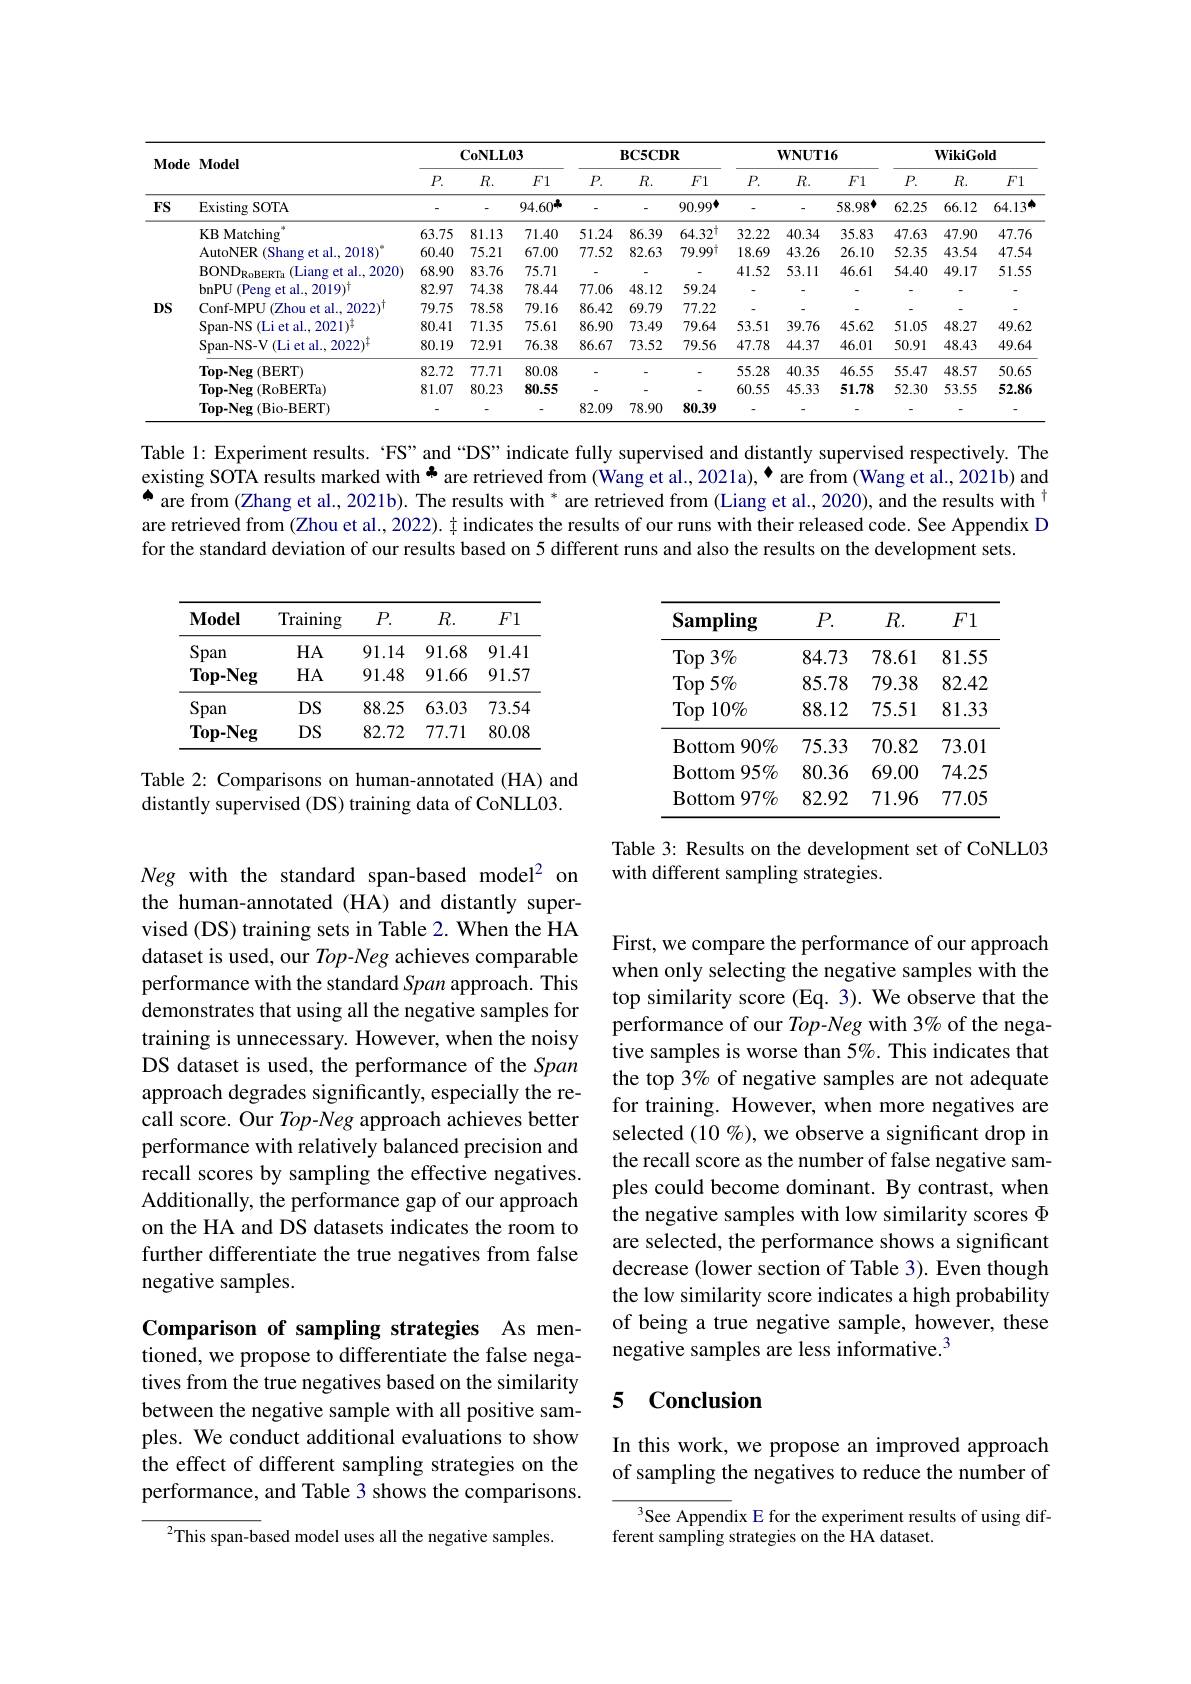
<table>
	<tbody>
		<tr>
			<th rowspan="2">Mode</th>
			<th rowspan="2">$\mathbf{Model}$</th>
			<th colspan="3">$\mathbf{CoNLL03}$</th>
			<th colspan="3">$\mathbf{BC5CDR}$</th>
			<th> </th>
			<th colspan="2">$WNUT16$</th>
			<th colspan="3">$\mathbf{WikiGold}$</th>
		</tr>
		<tr>
			<th>$P.$</th>
			<th>$R.$</th>
			<th>$F1$</th>
			<th>$P.$</th>
			<th>$R.$</th>
			<th>$F1$</th>
			<th>$P.$</th>
			<th>$R.$</th>
			<th>$F1$</th>
			<th>$P.$</th>
			<th>$R.$</th>
			<th>$F1$</th>
		</tr>
		<tr>
			<td rowspan="5">$FS$</td>
			<td>Existing SOTA</td>
			<td>-</td>
			<td>-</td>
			<td>$94.60^{*}$</td>
			<td>-</td>
			<td>-</td>
			<td>$90.99^{\bullet}$</td>
			<td> </td>
			<td>-</td>
			<td>$58.98^{\bullet}$</td>
			<td>62.25</td>
			<td>66.12</td>
			<td>$64.13^4$</td>
		</tr>
		<tr>
			<td>KB Matching</td>
			<td>63.75</td>
			<td>81.13</td>
			<td>71.40</td>
			<td>51.24</td>
			<td>86.39</td>
			<td>$64.32^{\dagger}$</td>
			<td>32.22</td>
			<td>40.34</td>
			<td>35.83</td>
			<td>47.63</td>
			<td>47.90</td>
			<td>47.76</td>
		</tr>
		<tr>
			<td>AutoNER ${\mathrm{R}}($Shang et al., 2018)</td>
			<td>60.40</td>
			<td>75.21</td>
			<td>67.00</td>
			<td>77.52</td>
			<td>82.63</td>
			<td>79.99Ť</td>
			<td>18.69</td>
			<td>43.26</td>
			<td>26.10</td>
			<td>52.35</td>
			<td>43.54</td>
			<td>47.54</td>
		</tr>
		<tr>
			<td>$\mathrm{BOND}_{\mathrm{RoBERTa}}$ (Liang et al., 2020)</td>
			<td>68.90</td>
			<td>83.76</td>
			<td>75.71</td>
			<td> </td>
			<td> </td>
			<td>-</td>
			<td>41.52</td>
			<td>53.11</td>
			<td>46.61</td>
			<td>54.40</td>
			<td>49.17</td>
			<td>51.55</td>
		</tr>
		<tr>
			<td>bnPU (Peng et al., 2019)$^{\dagger}$</td>
			<td>82.97</td>
			<td>74.38</td>
			<td>78.44</td>
			<td>77.06</td>
			<td>48.12</td>
			<td>59.24</td>
			<td> </td>
			<td> </td>
			<td>-</td>
			<td>-</td>
			<td> </td>
			<td> </td>
		</tr>
		<tr>
			<td rowspan="6">$DS$</td>
			<td>Conf- MPU (Zhou et al., 2022</td>
			<td>79.75</td>
			<td>78.58</td>
			<td>79.16</td>
			<td>86.42</td>
			<td>69.79</td>
			<td>77.22</td>
			<td> </td>
			<td> </td>
			<td>-</td>
			<td>-</td>
			<td> </td>
			<td> </td>
		</tr>
		<tr>
			<td>Span- NS ( Li et al. , 2021$) ^{\# }$</td>
			<td>80.41</td>
			<td>71.35</td>
			<td>75.61</td>
			<td>86.90</td>
			<td>73.49</td>
			<td>79.64</td>
			<td>53.51</td>
			<td>39.76</td>
			<td>45.62</td>
			<td>51.05</td>
			<td>48.27</td>
			<td>49.62</td>
		</tr>
		<tr>
			<td>Span- NS- V( Li et al. , 2022$) ^{\mathrm{T} }$</td>
			<td>80.19</td>
			<td>72.91</td>
			<td>76.38</td>
			<td>86.67</td>
			<td>73.52</td>
			<td>79.56</td>
			<td>47.78</td>
			<td>44.37</td>
			<td>46.01</td>
			<td>50.91</td>
			<td>48.43</td>
			<td>49.64</td>
		</tr>
		<tr>
			<td>$\mathbf{Top-Neg~(BERT)}$</td>
			<td>82.72</td>
			<td>77.71</td>
			<td>80.08</td>
			<td>-</td>
			<td> </td>
			<td>-</td>
			<td>55.28</td>
			<td>40.35</td>
			<td>46.55</td>
			<td>55.47</td>
			<td>48.57</td>
			<td>50.65</td>
		</tr>
		<tr>
			<td>$\mathbf{Top- Neg}\left ( \mathrm{RoBERTa}\right )$</td>
			<td>81.07</td>
			<td>80.23</td>
			<td>80.55</td>
			<td> </td>
			<td> </td>
			<td>-</td>
			<td>60.55</td>
			<td>45.33</td>
			<td>51.78</td>
			<td>52.30</td>
			<td>53.55</td>
			<td>52.86</td>
		</tr>
		<tr>
			<td>$\mathbf{Top-Neg}\left(\mathbf{Bio-BERT}\right)$</td>
			<td>-</td>
			<td> </td>
			<td> </td>
			<td>82.09</td>
			<td>78.90</td>
			<td>80.39</td>
			<td> </td>
			<td>-</td>
			<td> </td>
			<td> </td>
			<td>-</td>
			<td> </td>
		</tr>
	</tbody>
</table>

Table 1: Experiment results. FS" and “DS” indicate fully supervised and distantly supervised respectively. The existing SOTA results marked with $^{\textcircled{\mathrm{m}}}$ are retrieved from (Wang et al., 2021a),·are from (Wang et al., 2021b) and $^{\bullet}$ are from (Zhang et al., 2021b). The results with * are retrieved from (Liang et al., 2020), and the results with $^{\dagger}$ are retrieved from (Zhou et al., 2022). # indicates the results of our runs with their released code. See Appendix D for the standard deviation of our results based on 5 different runs and also the results on the development sets

<table>
	<tbody>
		<tr>
			<th>Model</th>
			<th>Training</th>
			<th>$P.$</th>
			<th>$R.$</th>
			<th>$F1$</th>
		</tr>
		<tr>
			<td>Span</td>
			<td>$HA$</td>
			<td>91.14</td>
			<td>91.68</td>
			<td>91.41</td>
		</tr>
		<tr>
			<td>$\mathbf{Top-Neg}$</td>
			<td>$HA$</td>
			<td>91.48</td>
			<td>91.66</td>
			<td>91.57</td>
		</tr>
		<tr>
			<td>Span</td>
			<td>$DS$</td>
			<td>88.25</td>
			<td>63.03</td>
			<td>73.54</td>
		</tr>
		<tr>
			<td>$\mathbf{Top-Neg}$</td>
			<td>$DS$</td>
			<td>82.72</td>
			<td>77.71</td>
			<td>80.08</td>
		</tr>
	</tbody>
</table>

<table>
	<tbody>
		<tr>
			<th>$\mathbf{Sampling}$</th>
			<th>$P.$</th>
			<th>$R.$</th>
			<th>$F1$</th>
		</tr>
		<tr>
			<td>$\operatorname{Top}3\%$</td>
			<td>84.73</td>
			<td>78.61</td>
			<td>81.55</td>
		</tr>
		<tr>
			<td>$\operatorname{Top}5\%$</td>
			<td>85.78</td>
			<td>79.38</td>
			<td>82.42</td>
		</tr>
		<tr>
			<td>Top $10\%$</td>
			<td>88.12</td>
			<td>75.51</td>
			<td>81.33</td>
		</tr>
		<tr>
			<td>$90\%$ Bottom</td>
			<td>75.33</td>
			<td>70.82</td>
			<td>73.01</td>
		</tr>
		<tr>
			<td>$95\%$ Bottom</td>
			<td>80.36</td>
			<td>69.00</td>
			<td>74.25</td>
		</tr>
		<tr>
			<td>Bottom $97\%$</td>
			<td>82.92</td>
			<td>71.96</td>
			<td>77.05</td>
		</tr>
	</tbody>
</table>

Table 2: Comparisons on human-annotated (HA) and distantly supervised (DS) training data of CoNLL03.

Table 3: Results on the development set of CoNLL03
with different sampling strategies.

Neg with the standard span-based model$^{2}$ on the human-annotated (HA) and distantly supervised (DS) training sets in Table 2. When the HA dataset is used, our Top-Neg achieves comparable performance with the standard Span approach. This demonstrates that using all the negative samples for training is unnecessary. However, when the noisy DS dataset is used, the performance of the Span approach degrades significantly, especially the recall score. Our Top-Neg approach achieves better performance with relatively balanced precision and recall scores by sampling the effective negatives. Additionally, the performance gap of our approach on the HA and DS datasets indicates the room to further differentiate the true negatives from false negative samples.

First, we compare the performance of our approach when only selecting the negative samples with the top similarity score (Eq. 3). We observe that the performance of our Top-Neg with 3% of the negative samples is worse than 5%. This indicates that the top 3% of negative samples are not adequate for training. However, when more negatives are selected (10 %), we observe a significant drop in the recall score as the number of false negative samples could become dominant. By contrast, when the negative samples with low similarity scores $\Phi$ are selected, the performance shows a significant decrease (lower section of Table 3). Even though the low similarity score indicates a high probability of being a true negative sample, however, these negative samples are less informative.$^3$

## 5 Conclusion

Comparison of sampling strategies As mentioned, we propose to differentiate the false negatives from the true negatives based on the similarity between the negative sample with all positive samples. We conduct additional evaluations to show the effect of different sampling strategies on the performance, and Table 3 shows the comparisons.

In this work, we propose an improved approach of sampling the negatives to reduce the number of

See Appendix E for the experiment results of using dif-
ferent sampling strategies on the HA dataset.

$^{2}$This span-based model uses all the negative samples.